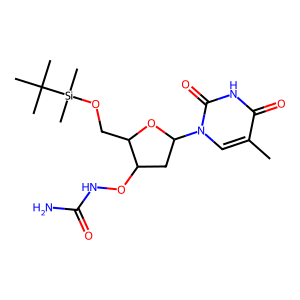
SMILES: Cc1cn(C2CC(ONC(N)=O)C(CO[Si](C)(C)C(C)(C)C)O2)c(=O)[nH]c1=O
Inhibits HIV replication: No